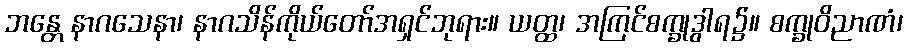
ဘန္တေ နာဂသေနာ၊ နာဂသိန်ကိုယ်တော်အရှင်ဘုရား။ ယတ္ထ၊ အကြင်စက္ခုဒွါရ၌။ စက္ခုဝိညာဏံ၊